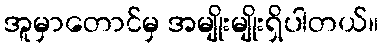
အူမှာတောင်မှ အမျိုးမျိုးရှိပါတယ်။